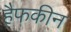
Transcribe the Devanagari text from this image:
हैफकीन